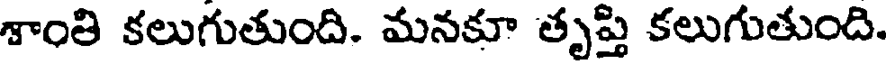
శాంతి కలుగుతుంది. మనకూ తృప్తి కలుగుతుంది.